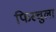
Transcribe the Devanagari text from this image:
फिस्‍चुला